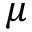
\mu